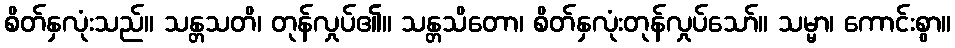
စိတ်နှလုံးသည်။ သန္တသတိ၊ တုန်လှုပ်၏။ သန္တသိတော၊ စိတ်နှလုံးတုန်လှုပ်သော်။ သမ္မာ၊ ကောင်းစွာ။